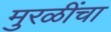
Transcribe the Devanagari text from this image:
मुरळींचा